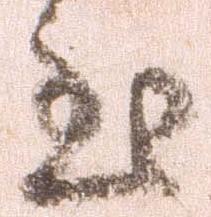
至